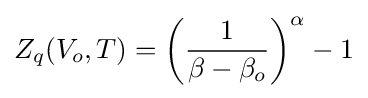
Z_{q}(V_{o},T)={\bigg (}{\frac {1}{\beta -\beta _{o}}}{\bigg )}^{\alpha }-1